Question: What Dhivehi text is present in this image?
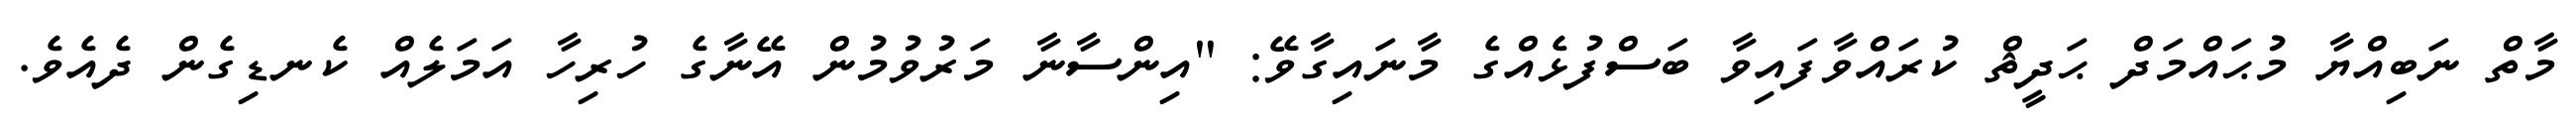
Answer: މާތް ނަބިއްޔާ މުޙައްމަދް ޙަދީޘް ކުރައްވާފައިވާ ބަސްފުޅެއްގެ މާނައިގާވޭ: "އިންސާނާ މަރުވުމުން އޭނާގެ ހުރިހާ އަމަލެއް ކެނޑިގެން ދެއެވެ.